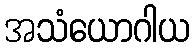
အသံယောဂါယ